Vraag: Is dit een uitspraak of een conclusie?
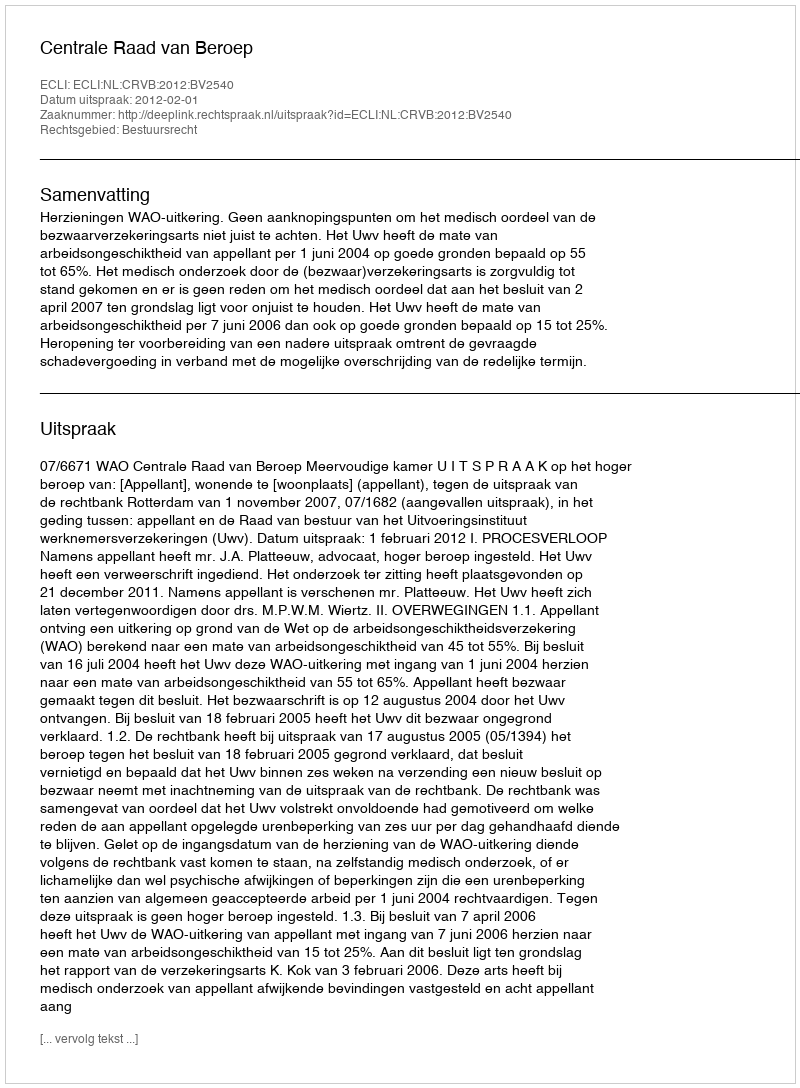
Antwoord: Uitspraak